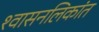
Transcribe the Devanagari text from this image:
श्‍वासनलिकांत